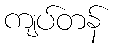
ကျပ်တန်